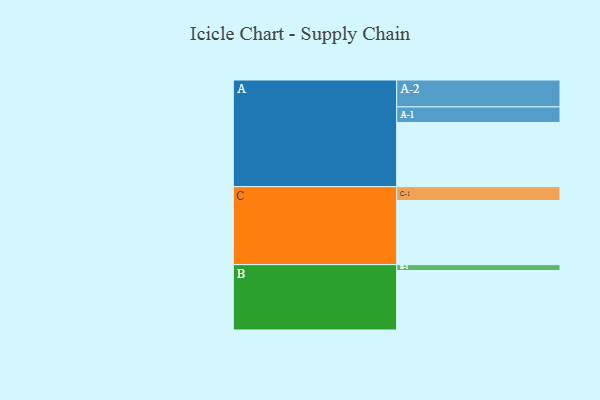
{"axis": {"x": "Segment", "y": "Value"}, "legend": ["", "A", "B", "C"], "data": [{"x": "A", "y": 589, "type": ""}, {"x": "B", "y": 546, "type": ""}, {"x": "C", "y": 589, "type": ""}, {"x": "A-1", "y": 143, "type": "A"}, {"x": "A-2", "y": 247, "type": "A"}, {"x": "B-1", "y": 54, "type": "B"}, {"x": "C-1", "y": 127, "type": "C"}]}